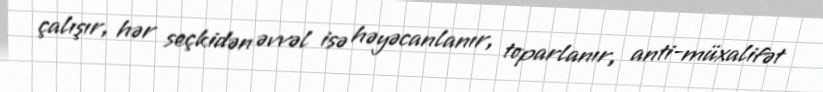
çalışır, hər seçkidən əvvəl isə həyəcanlanır, toparlanır, anti-müxalifət